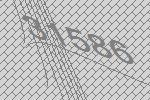
31586